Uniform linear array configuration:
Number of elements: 4
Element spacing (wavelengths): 0.25
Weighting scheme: uniform
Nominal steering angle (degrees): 15
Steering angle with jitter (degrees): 14.03
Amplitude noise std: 0.05
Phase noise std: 0.05

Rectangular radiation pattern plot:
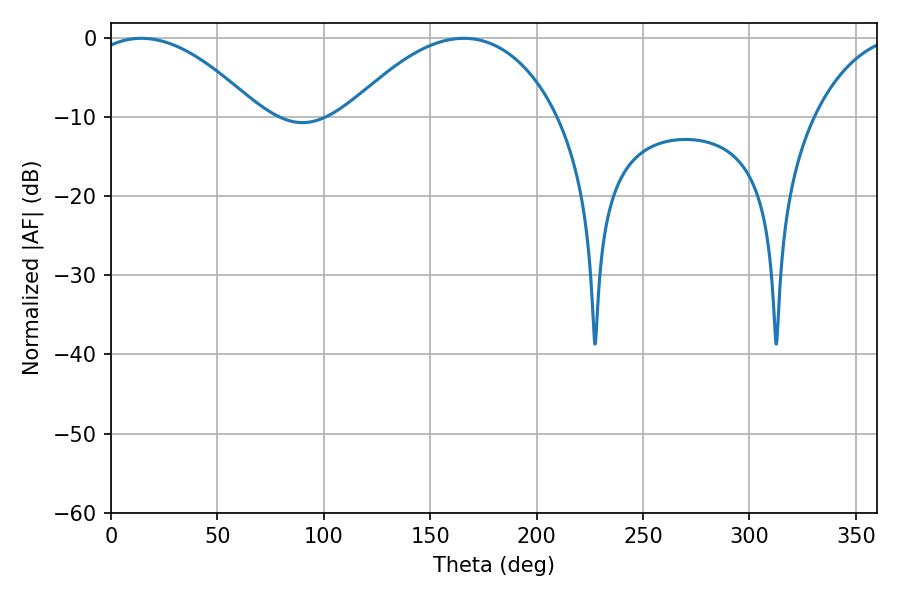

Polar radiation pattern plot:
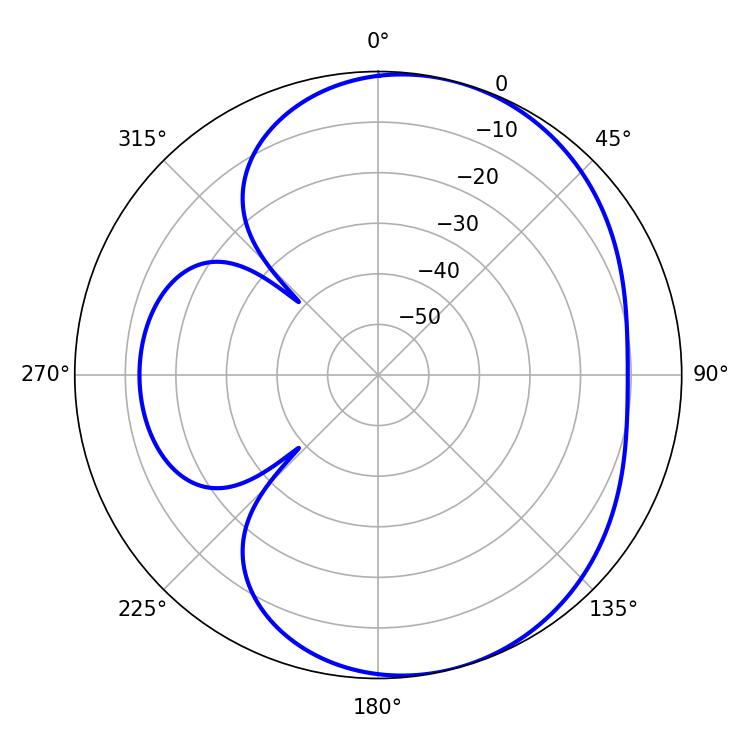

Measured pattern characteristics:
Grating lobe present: FALSE
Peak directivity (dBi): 5.322
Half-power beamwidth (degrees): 43.92
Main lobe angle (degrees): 14.22